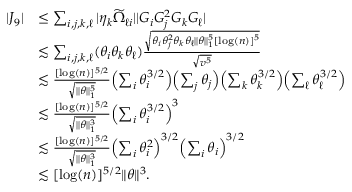
\begin{array} { r l } { | J _ { 9 } | } & { \leq \sum _ { i , j , k , \ell } | \eta _ { k } \widetilde { \Omega } _ { \ell i } | | G _ { i } G _ { j } ^ { 2 } G _ { k } G _ { \ell } | } \\ & { \lesssim \sum _ { i , j , k , \ell } ( \theta _ { i } \theta _ { k } \theta _ { \ell } ) \frac { \sqrt { \theta _ { i } \theta _ { j } ^ { 2 } \theta _ { k } \theta _ { \ell } \| \theta \| _ { 1 } ^ { 5 } [ \log ( n ) ] ^ { 5 } } } { \sqrt { v ^ { 5 } } } } \\ & { \lesssim \frac { [ \log ( n ) ] ^ { 5 / 2 } } { \sqrt { \| \theta \| _ { 1 } ^ { 5 } } } \Bigl ( \sum _ { i } \theta _ { i } ^ { 3 / 2 } \Bigr ) \Bigl ( \sum _ { j } \theta _ { j } \Bigr ) \Bigl ( \sum _ { k } \theta _ { k } ^ { 3 / 2 } \Bigr ) \Bigl ( \sum _ { \ell } \theta _ { \ell } ^ { 3 / 2 } \Bigr ) } \\ & { \lesssim \frac { [ \log ( n ) ] ^ { 5 / 2 } } { \sqrt { \| \theta \| _ { 1 } ^ { 3 } } } \Bigl ( \sum _ { i } \theta _ { i } ^ { 3 / 2 } \Bigr ) ^ { 3 } } \\ & { \lesssim \frac { [ \log ( n ) ] ^ { 5 / 2 } } { \sqrt { \| \theta \| _ { 1 } ^ { 3 } } } \Bigl ( \sum _ { i } \theta _ { i } ^ { 2 } \Bigr ) ^ { 3 / 2 } \Bigl ( \sum _ { i } \theta _ { i } \Bigr ) ^ { 3 / 2 } } \\ & { \lesssim [ \log ( n ) ] ^ { 5 / 2 } \| \theta \| ^ { 3 } . } \end{array}